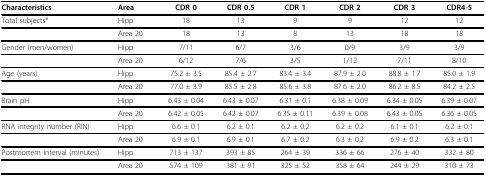
<table><thead><tr><td><b>Characteristics</b></td><td><b>Area</b></td><td><b>CDR 0</b></td><td><b>CDR 0.5</b></td><td><b>CDR 1</b></td><td><b>CDR 2</b></td><td><b>CDR 3</b></td><td><b>CDR4-5</b></td></tr></thead><tbody><tr><td>Total subjects*</td><td>Hipp</td><td>18</td><td>13</td><td>9</td><td>9</td><td>12</td><td>12</td></tr><tr><td></td><td>Area 20</td><td>18</td><td>13</td><td>8</td><td>13</td><td>18</td><td>18</td></tr><tr><td>Gender (men/women)</td><td>Hipp</td><td>7/11</td><td>6/7</td><td>3/6</td><td>0/9</td><td>3/9</td><td>3/9</td></tr><tr><td></td><td>Area 20</td><td>6/12</td><td>7/6</td><td>3/5</td><td>1/12</td><td>7/11</td><td>8/10</td></tr><tr><td>Age (years)</td><td>Hipp</td><td>75.2 ± 3.5</td><td>85.4 ± 2.7</td><td>83.4 ± 3.4</td><td>87.9 ± 2.0</td><td>88.8 ± 1.7</td><td>85.0 ± 1.9</td></tr><tr><td></td><td>Area 20</td><td>77.0 ± 3.9</td><td>85.5 ± 2.8</td><td>85.6 ± 3.8</td><td>87.6 ± 2.0</td><td>86.2 ± 8.5</td><td>84.2 ± 2.5</td></tr><tr><td>Brain pH</td><td>Hipp</td><td>6.43 ± 0.04</td><td>6.43 ± 0.07</td><td>6.31 ± 0.1</td><td>6.38 ± 0.09</td><td>6.34 ± 0.05</td><td>6.39 ± 0.07</td></tr><tr><td></td><td>Area 20</td><td>6.42 ± 0.05</td><td>6.42 ± 0.07</td><td>6.35 ± 0.11</td><td>6.39 ± 0.08</td><td>6.43 ± 0.05</td><td>6.36 ± 0.05</td></tr><tr><td>RNA integrity number (RIN)</td><td>Hipp</td><td>6.6 ± 0.1</td><td>6.2 ± 0.1</td><td>6.2 ± 0.2</td><td>6.2 ± 0.2</td><td>6.1 ± 0.1</td><td>6.2 ± 0.1</td></tr><tr><td></td><td>Area 20</td><td>6.9 ± 0.1</td><td>6.9 ± 0.1</td><td>6.7 ± 0.2</td><td>6.3 ± 0.2</td><td>6.9 ± 0.2</td><td>6.3 ± 0.1</td></tr><tr><td>Postmortem interval (minutes)</td><td>Hipp</td><td>713 ± 137</td><td>393 ± 85</td><td>264 ± 39</td><td>336 ± 66</td><td>276 ± 40</td><td>332 ± 80</td></tr><tr><td></td><td>Area 20</td><td>574 ± 109</td><td>381 ± 91</td><td>325 ± 52</td><td>358 ± 64</td><td>244 ± 29</td><td>310 ± 73</td></tr></tbody></table>